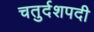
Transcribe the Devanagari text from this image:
चतुर्दशपदी